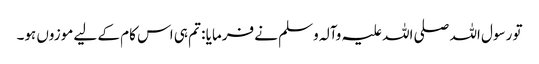
تو رسول اللہ صلی اللہ علیہ وآلہ وسلم نے فرمایا : تم ہی اس کام کے لیے موزوں ہو۔